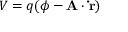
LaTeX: V = q ( \phi - \mathbf { A } \cdot \mathbf { \dot { r } } )